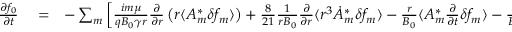
\begin{array} { r l r } { \frac { \partial f _ { 0 } } { \partial t } } & { { } = } & { - \sum _ { m } \left[ \frac { i m \mu } { q B _ { 0 } \gamma r } \frac { \partial } { \partial r } \left( r \langle A _ { m } ^ { * } \delta f _ { m } \rangle \right) + \frac { 8 } { 2 1 } \frac { 1 } { r B _ { 0 } } \frac { \partial } { \partial r } \langle r ^ { 3 } \dot { A } _ { m } ^ { * } \delta f _ { m } \rangle - \frac { r } { B _ { 0 } } \langle { A } _ { m } ^ { * } \frac { \partial } { \partial t } \delta f _ { m } \rangle - \frac { r } { B _ { 0 } } \langle { \dot { A } } _ { m } ^ { * } \delta f _ { m } \rangle \right] } \end{array}